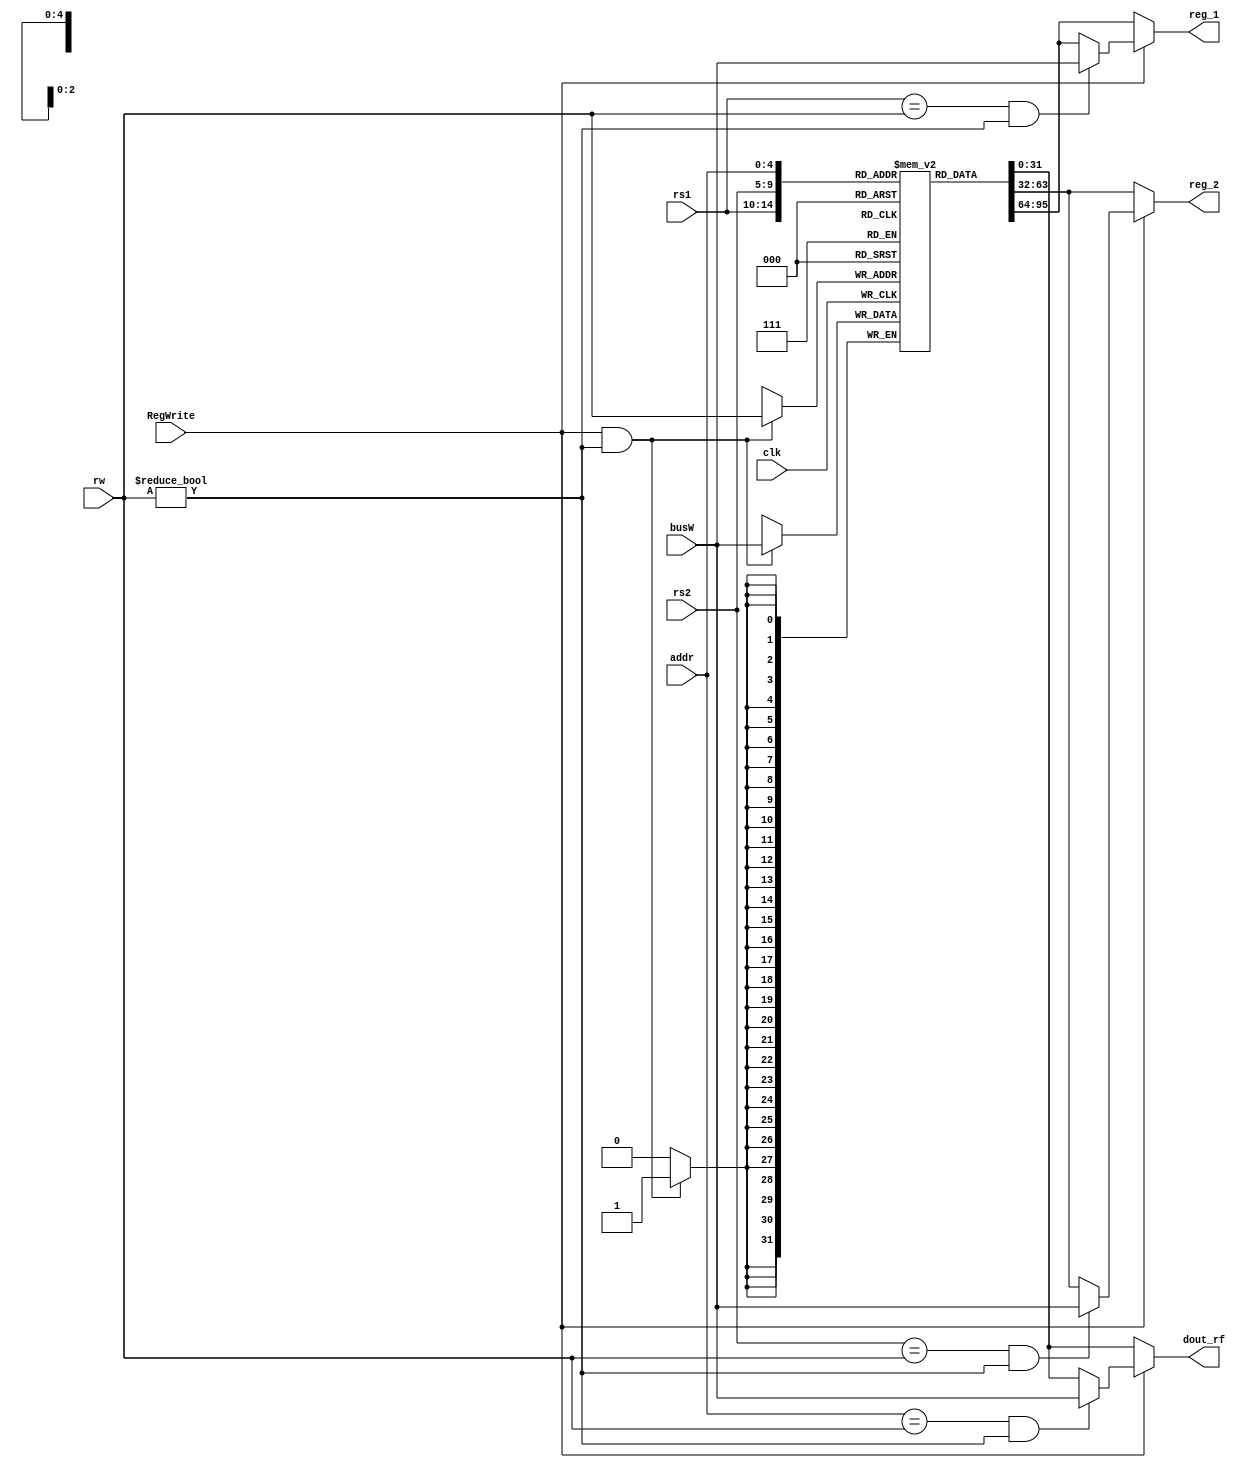
`timescale 1ns / 1ps
//////////////////////////////////////////////////////////////////////////////////
// Company: 
// Engineer: 
// 
// Design Name: 
// Module Name: Registers
// Project Name: 
// Target Devices: 
// Tool Versions: 
// Description: 
// 
// Dependencies: 
// 
// Revision:
// Revision 0.01 - File Created
// Additional Comments:
// 
//////////////////////////////////////////////////////////////////////////////////

/*  */
module Registers(
    input clk,
    input [4: 0] rs1,
    input [4: 0] rs2,
    input [4: 0] addr,    //SDU
    input [4: 0] rw,        // 
    input [31: 0] busW,     // 
    input RegWrite,
    output reg [31: 0] reg_1,
    output reg [31: 0] reg_2,
    output reg [31: 0] dout_rf
    );
    reg [31:0]  rf [0: 31]; 	   //
    

    always @(posedge  clk)
        if ((RegWrite) && (rw != 0))  rf[rw]  <=  busW;   //

    always @(*) begin
        if(RegWrite) begin
            reg_1 = ((rs1 == rw) && (rw != 0)) ? busW : rf[rs1];
            reg_2 = ((rs2 == rw) && (rw != 0)) ? busW : rf[rs2];
            dout_rf = ((addr == rw) && (rw != 0)) ? busW : rf[addr];
        end
        else begin
            reg_1 = rf[rs1];
            reg_2 = rf[rs2];
            dout_rf = rf[addr];
        end
    end
    integer  i;
    initial begin
        for (i = 0; i < 32; i = i + 1)begin
            rf[i] = 0;
        end
    end

endmodule